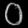
Digit: ၀